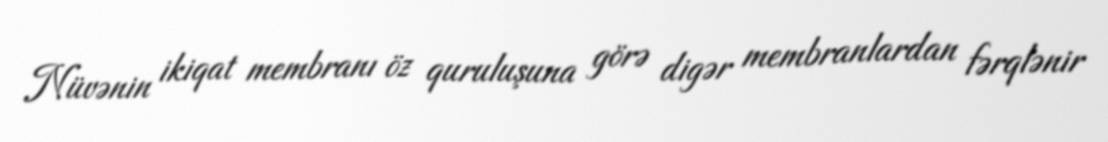
Nüvənin ikiqat membranı öz quruluşuna görə digər membranlardan fərqlənir